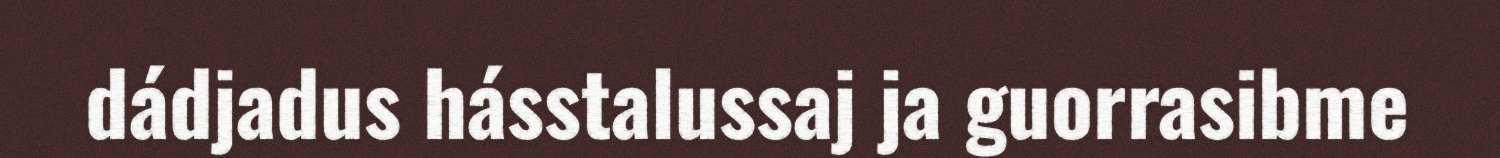
dádjadus hásstalussaj ja guorrasibme